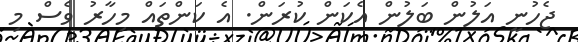
ޖެހުނީ އަލުން ބަލުން އެކަން ކުރަން. އެ ކަންތައް މިހާރު ވެސް މި